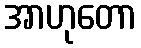
အာဟုတော